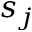
s _ { j }